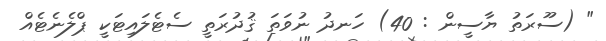
" (ސޫރަތު ޔާސީން : 40) ހަނދު ނުވަތަ ޤުދުރަތީ ސެޓެލައިޓަކީ ޕްލެނެޓެއް